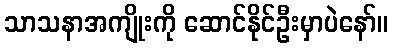
သာသနာအကျိုးကို ဆောင်နိုင်ဦးမှာပဲနော်။